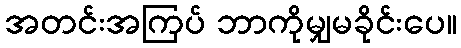
အတင်းအကြပ် ဘာကိုမျှမခိုင်းပေ။